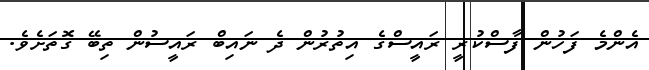
އެންމެ ފަހުން ފާސްކުރީ ރައީސްގެ އިތުރުން ދެ ނައިބް ރައީސުން ތިބޭ ގޮތަށެވެ.